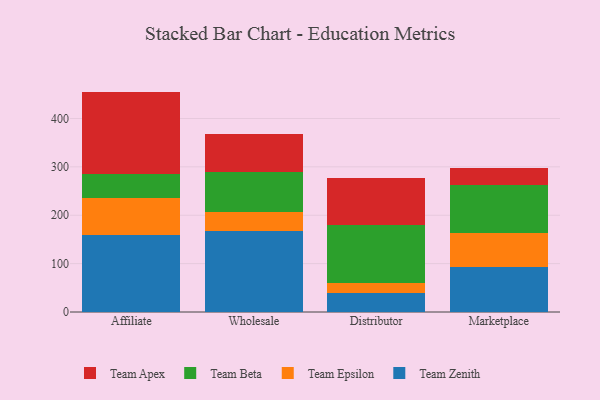
{"axis": {"x": "Channel", "y": "Budget (USD K)"}, "legend": ["Team Apex", "Team Beta", "Team Epsilon", "Team Zenith"], "data": [{"x": "Affiliate", "y": 159.4, "type": "Team Zenith"}, {"x": "Affiliate", "y": 77.0, "type": "Team Epsilon"}, {"x": "Affiliate", "y": 48.8, "type": "Team Beta"}, {"x": "Affiliate", "y": 170.4, "type": "Team Apex"}, {"x": "Wholesale", "y": 167.6, "type": "Team Zenith"}, {"x": "Wholesale", "y": 39.2, "type": "Team Epsilon"}, {"x": "Wholesale", "y": 83.0, "type": "Team Beta"}, {"x": "Wholesale", "y": 78.4, "type": "Team Apex"}, {"x": "Distributor", "y": 39.6, "type": "Team Zenith"}, {"x": "Distributor", "y": 19.5, "type": "Team Epsilon"}, {"x": "Distributor", "y": 121.7, "type": "Team Beta"}, {"x": "Distributor", "y": 95.4, "type": "Team Apex"}, {"x": "Marketplace", "y": 92.6, "type": "Team Zenith"}, {"x": "Marketplace", "y": 70.0, "type": "Team Epsilon"}, {"x": "Marketplace", "y": 100.4, "type": "Team Beta"}, {"x": "Marketplace", "y": 35.6, "type": "Team Apex"}]}